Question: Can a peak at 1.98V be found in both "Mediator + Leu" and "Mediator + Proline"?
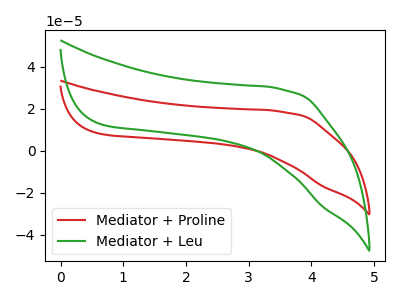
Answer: <think>The red curve "Mediator + Proline" has no peaks. The green curve "Mediator + Leu" has no peaks.</think>
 <answer>No, "Mediator + Leu" and "Mediator + Proline" dont share a peak at 1.98V.</answer>
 <eval>mismatch</eval>